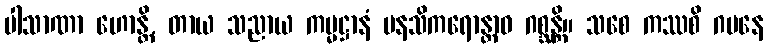
ပါသာဏာ ဟောန္တိ, တာယ သညာယ ကမ္မဋ္ဌာနံ မနသိကရောန္တာဝ ဂစ္ဆန္တိ။ သစေ ကဿစိ ဂမနေ